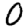
Digit: 0